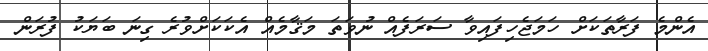
އެންމެ ފަރާތަކަށް ހަމަޖެހިފައިވާ ސަރަފެއް ނުވަތަ މަޤާމެއް އެކަކަށްވުރެ ގިނަ ބަޔަކު ފުރަން